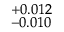
^ { + 0 . 0 1 2 } _ { - 0 . 0 1 0 }